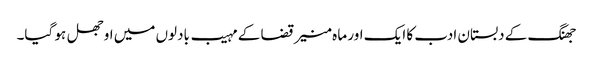
جھنگ کے دبستان ادب کا ایک اور ما ہ منیر قضا کے مہیب بادلوں میں اوجھل ہو گیا۔